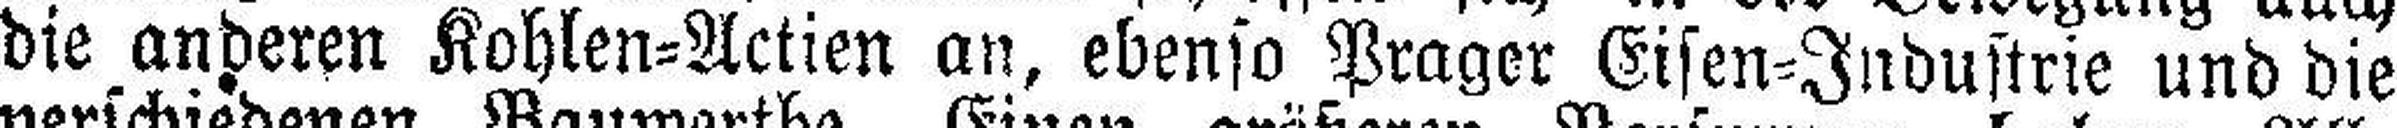
die anderen Kohlen=Actien an, ebenso Prager Eisen=Industrie und die